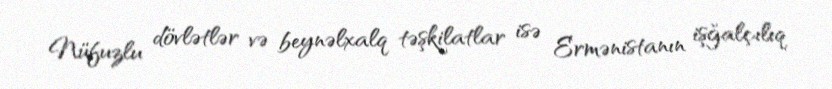
Nüfuzlu dövlətlər və beynəlxalq təşkilatlar isə Ermənistanın işğalçılıq